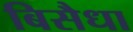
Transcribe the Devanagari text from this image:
बिसैधा